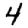
Digit: 4